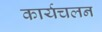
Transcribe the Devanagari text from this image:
कार्यचलन